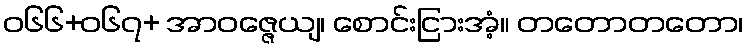
ဝ၆၆+၀၆၇+ အာဝဇ္ဇေယျ၊ စောင်းငြားအံ့။ တတောတတော၊